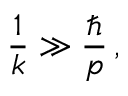
\frac { 1 } { k } \gg \frac { \hbar } { p } \, ,